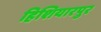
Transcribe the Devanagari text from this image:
हिशियारपुर